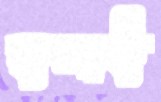
হুলাই